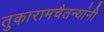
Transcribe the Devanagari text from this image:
तुकारामचैतन्यांनी